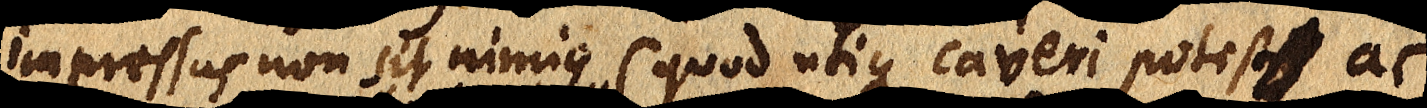
impressus non sit nimius (quod utique caveri potest _ ac